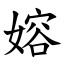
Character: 嫆